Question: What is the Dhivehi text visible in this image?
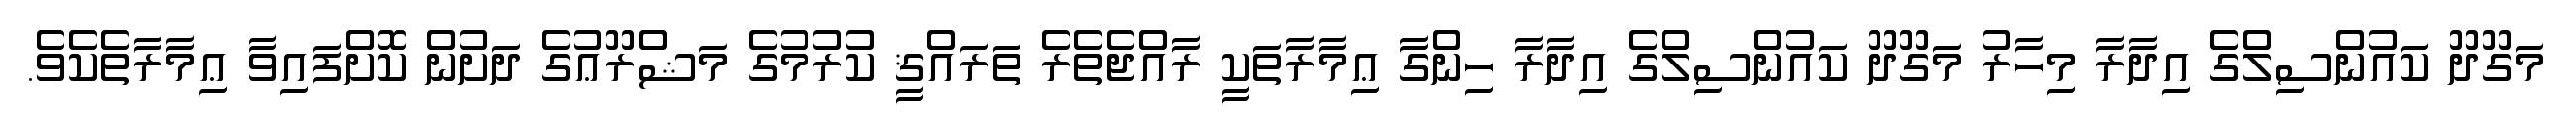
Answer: މަގޫދޫ ކައުންސިލްގެ އިދާރާ މިހާރު މަގޫދޫ ކައުންސިލްގެ އިދާރާ ހިންގާ ޢިމާރާތަކީ ރާއްޖެތެރެ ތަރައްޤީ ކުރުމުގެ މަޝްރޫޢުގެ ދަށުން ކޮށްފައިވާ ޢިމާރާތެކެވެ.